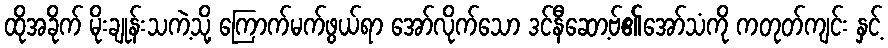
ထိုအခိုက် မိုးချုန်းသကဲ့သို့ ကြောက်မက်ဖွယ်ရာ အော်လိုက်သော ဒင်နီဆော့ဗ်၏အော်သံကို ကတုတ်ကျင်း နှင့်